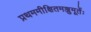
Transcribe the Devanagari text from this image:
प्रथममीक्षितमञ्जुमूर्तेः